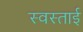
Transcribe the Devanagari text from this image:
स्वस्ताई